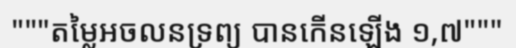
"""តម្លៃអចលនទ្រព្យ បានកើនឡើង ១,៧"""